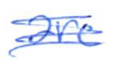
Text: are
Cross-out: scratch
Writing tool: ballpoint